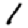
Digit: 1